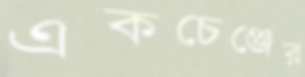
একচেঞ্জের